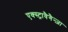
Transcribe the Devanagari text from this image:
एक्स्ट्रावैगैन्ज़ा